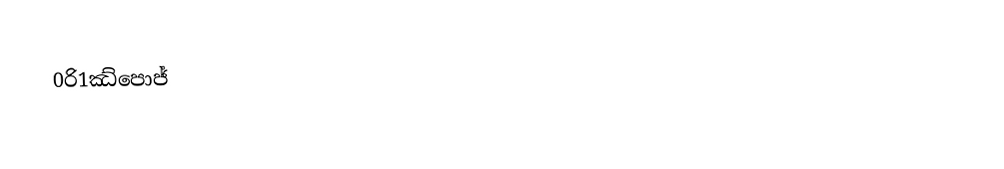
0රි1ඣ්පොජ්